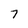
Character: 7